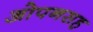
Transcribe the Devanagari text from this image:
ओपनसह